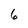
Character: 6